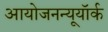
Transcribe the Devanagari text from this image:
आयोजनन्यूयॉर्क